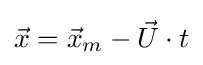
{\vec {x}}={\vec {x}}_{m}-{\vec {U}}\cdot t